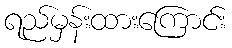
ရည်မှန်းထားကြောင်း